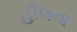
હીલના